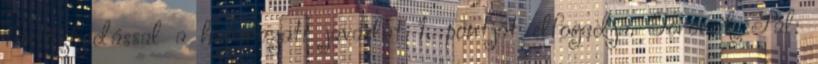
tartózkodással a határozati javaslat 1. pontját elfogadja. Törőcsik Pál: